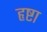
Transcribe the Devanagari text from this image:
हृष्टा